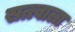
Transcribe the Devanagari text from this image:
सत्त्वाला